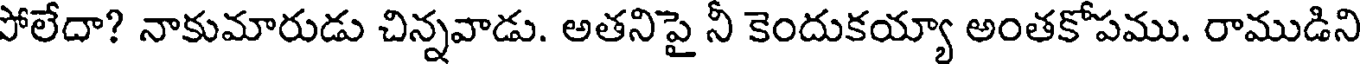
పోలేదా? నాకుమారుడు చిన్నవాడు. అతనిపై నీ కెందుకయ్యా అంతకోపము. రాముడిని